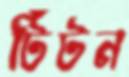
টিটন